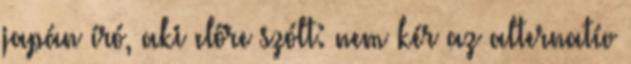
japán író, aki előre szólt: nem kér az alternatív